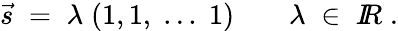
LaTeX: \vec{s}\; =\; \lambda\; (1,1,\; ...\; 1)\; \; \; \; \; \; \; \lambda\; \in\; I\! \! R\; .